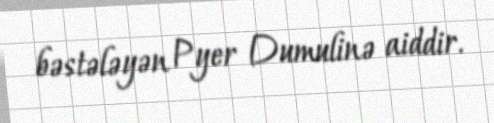
bəstələyən Pyer Dumulinə aiddir.